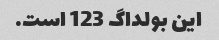
این بولداگ 123 است.